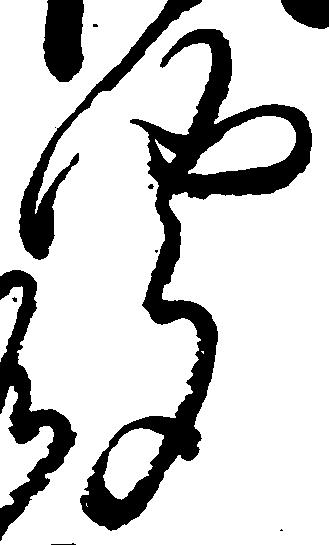
聞